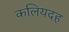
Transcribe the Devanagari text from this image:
कलियदह